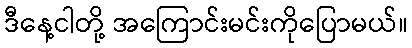
ဒီနေ့ငါတို့ အကြောင်းမင်းကိုပြောမယ်။